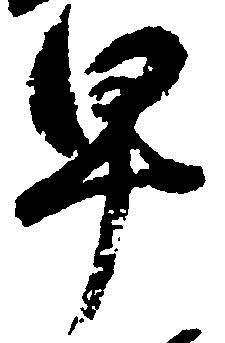
早